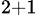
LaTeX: _{2+1}